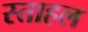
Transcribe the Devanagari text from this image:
स्ताहल